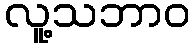
လူ့သဘာဝ